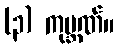
(၃) ကုမ္ဘဏ်။